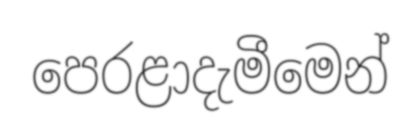
පෙරළාදැමීමෙන්